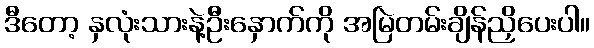
ဒီတော့ နှလုံးသားနဲ့ဦးနှောက်ကို အမြဲတမ်းချိန်ညှိပေးပါ။